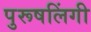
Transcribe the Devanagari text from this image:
पुरूषलिंगी